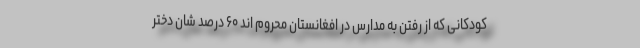
کودکانی که از رفتن به مدارس در افغانستان محروم اند ۶۰ درصد شان دختر